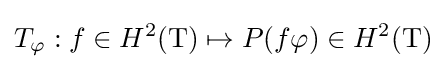
T_{\varphi }:f\in H^{2}(\mathrm {T} )\mapsto P(f\varphi )\in H^{2}(\mathrm {T} )